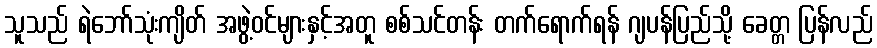
သူသည် ရဲဘော်သုံးကျိတ် အဖွဲ့ဝင်များနှင့်အတူ စစ်သင်တန်း တက်ရောက်ရန် ဂျပန်ပြည်သို့ ခေတ္တ ပြန်လည်